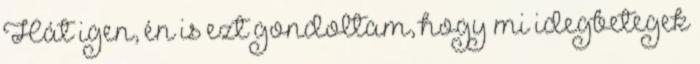
Hát igen, én is ezt gondoltam, hogy mi idegbetegek